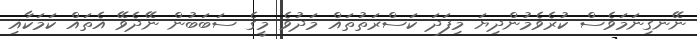
ނޭނގިނަމަވެސް ކުރެވެމުންދިޔަ މިފަދަ ކަސްރަތުތައް މަދުވެ މީގެ ސަބަބުން ނޭދެވޭ އެތައް ކަމަކާއި